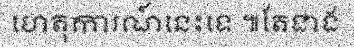
ហេតុការណ៍នេះទេ ៕តែជាង